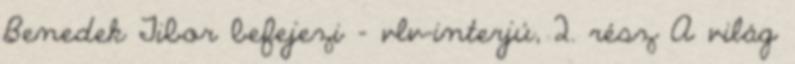
Benedek Tibor befejezi - vlv-interjú, 2. rész A világ